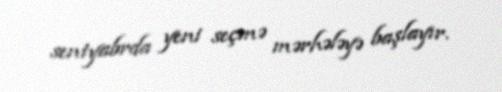
sentyabrda yeni seçmə mərhələyə başlayır.